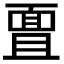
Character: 𮧊